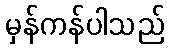
မှန်ကန်ပါသည်